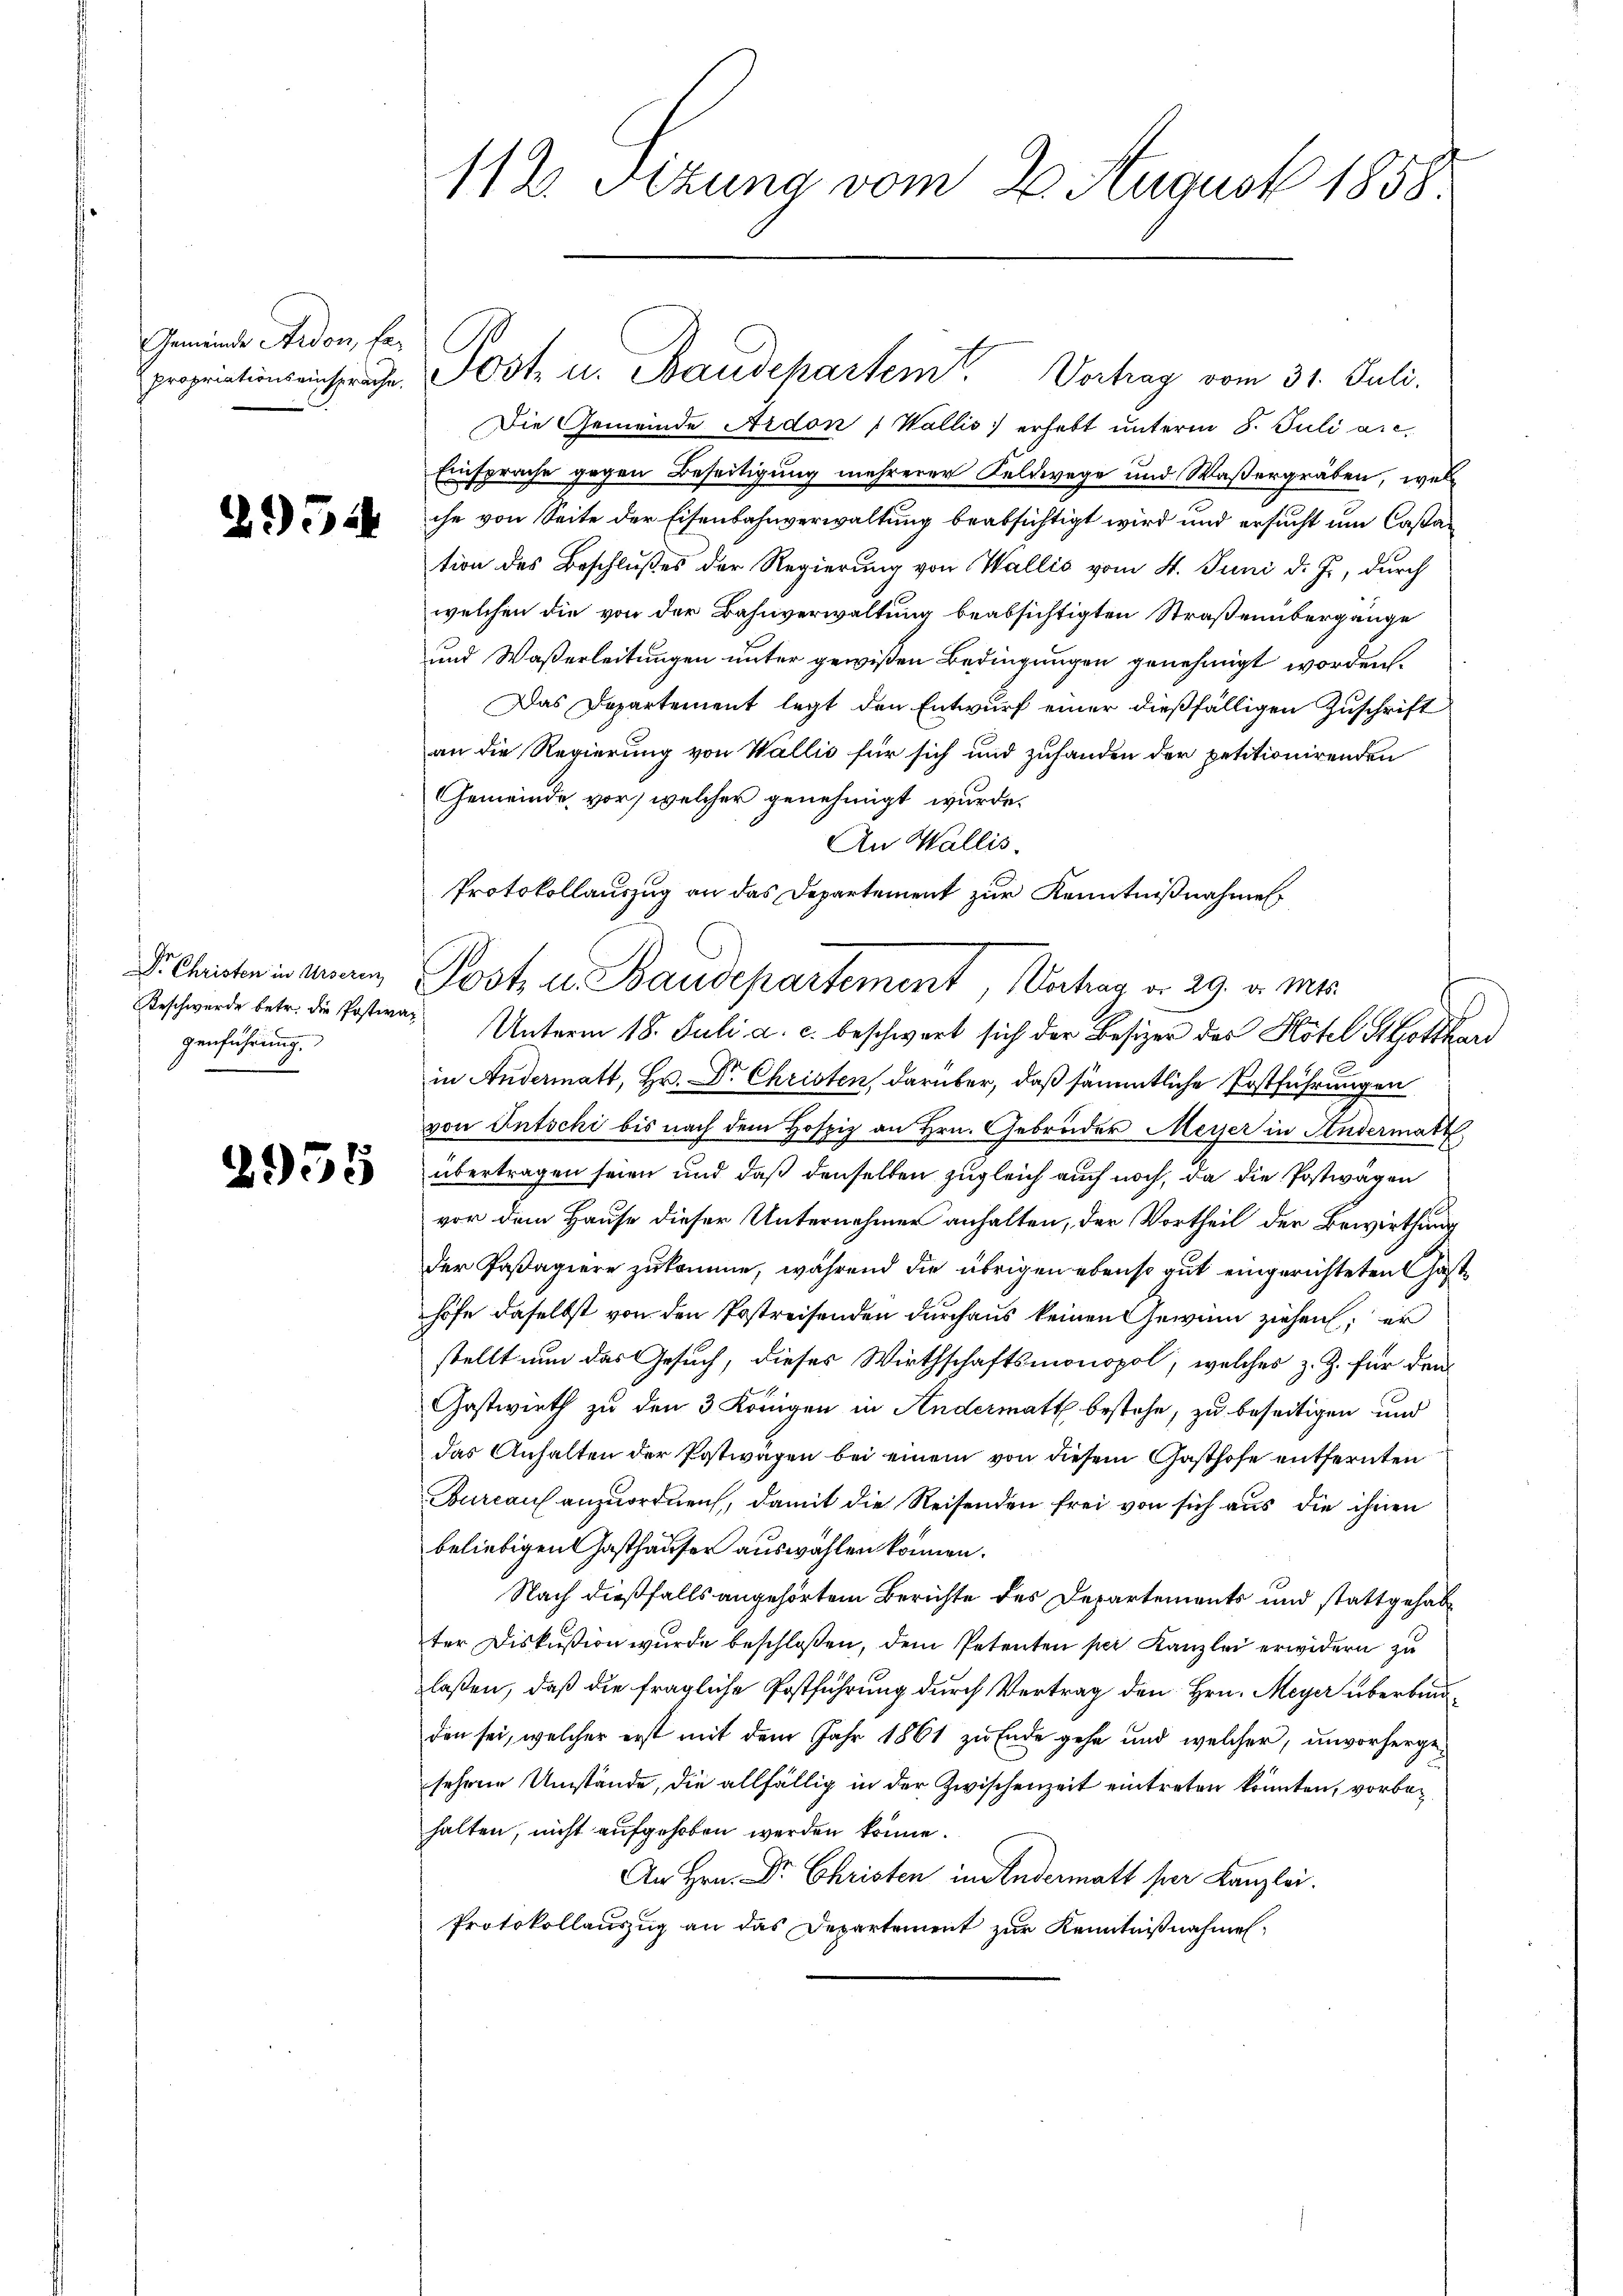
Gemeinde Ardon, Er-
propriationseinsprache.

2954

Dr. Christen in Urseren
genführung.

2955

112. Sizung vom 2. August 1858.

Die Gemeinde Ardon (Wallis erhebt unterm 8. Juli a.c.
Einsprache gegen Beseitigung mehrerer Feldwege und Waßergräben, welche von Seite der Eisenbahnverwaltung beabsichtigt wird und ersucht um Castation des Beschlußes der Regierung von Wallis vom 4. Juni d. J., durch
welchen die von der Bahnverwaltung beabsichtigten Straßenübergänge
und Waßerleitungen unter gewißen Bedingungen genehmigt worden.
Das Departement legt den Entwurf einer dießfälligen Zuschrift
an die Regierung von Wallis für sich und zuhanden der petitionirenden
Gemeinde vor, welcher genehmigt wurde.
An Wallis.
Beschwerde betr. die Postwar Unterm 18. Juli a. c. beschwart sich der Besizer des Hotel St Gottha
in Andermatt, Hr. Dr. Christen darüber, daß sämmtliche Postführungen
von Entschi bis nach dem Hospiz an Hrn. Gebrüder Meyer in Andermatt
übertragen seien und daß denselben zugleich auch noch, da die Postwagen
vor dem Hause dieser Unternehmer anhalten, der Vortheil der Bewirthung
der Postagiere zukomme, während die übrigen ebenso gut eingerichteten Gasthöfe daselbst von den Postreisenden durchaus keinen Gewinn ziehen; er
stellt nun das Gesuch, dieses Wirthschaftsmonopol, welches z. Z. für den
Gastwirth zu den 3 Königen in Andermatt bestehe, zu beseitigen und
das Anhalten der Postwägen bei einem von diesem Gasthofe entfernten
Bureaus anzuordnen, damit die Reisenden frei von sich aus die ihnen
beliebigen Gasthäuser auswahlen können.
Nach dießfalls angehörtem Berichte des Departements und stattgehab
ter Diskußion wurde beschloßen, dem Petenten per Kanzlei erwidern zu
laßen, daß die fragliche Postführung durch Vertrag den Hrn. Meyer überbrinden sei, welcher erst mit dem Jahr 1861 zu Ende gehe und welcher, unvorhergesehene Umstände, die allfällig in der Zwischenzeit eintreten könnten, vorbehalten, nicht aufgehoben werden könne.
An Hrn. Dr. Christen in Andermatt per Kanzlei.
Protokollauszug an das Departement zur Kenntnißnahmen¬

Post u. Baudepartem Vortrag vom 31. Juli.

Protokollauszug an das Departement zur Kenntnißnahmen
Post, u. Baudepartement, Wochen d. 29. v. Mts.